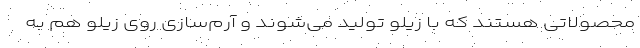
محصولاتی هستند که با زیلو تولید می‌شوند و آرم‌سازی روی زیلو هم به